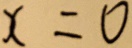
x = 0